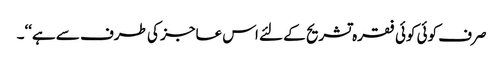
صرف کوئی کوئی فقرہ تشریح کے لئے اس عاجز کی طرف سے ہے‘‘۔